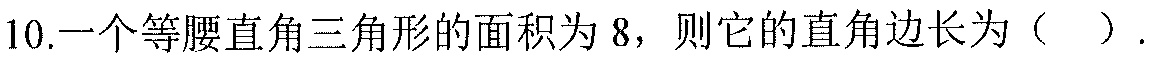
10.一个等腰直角三角形的面积为\(8\)，则它的直角边长为（  ）.